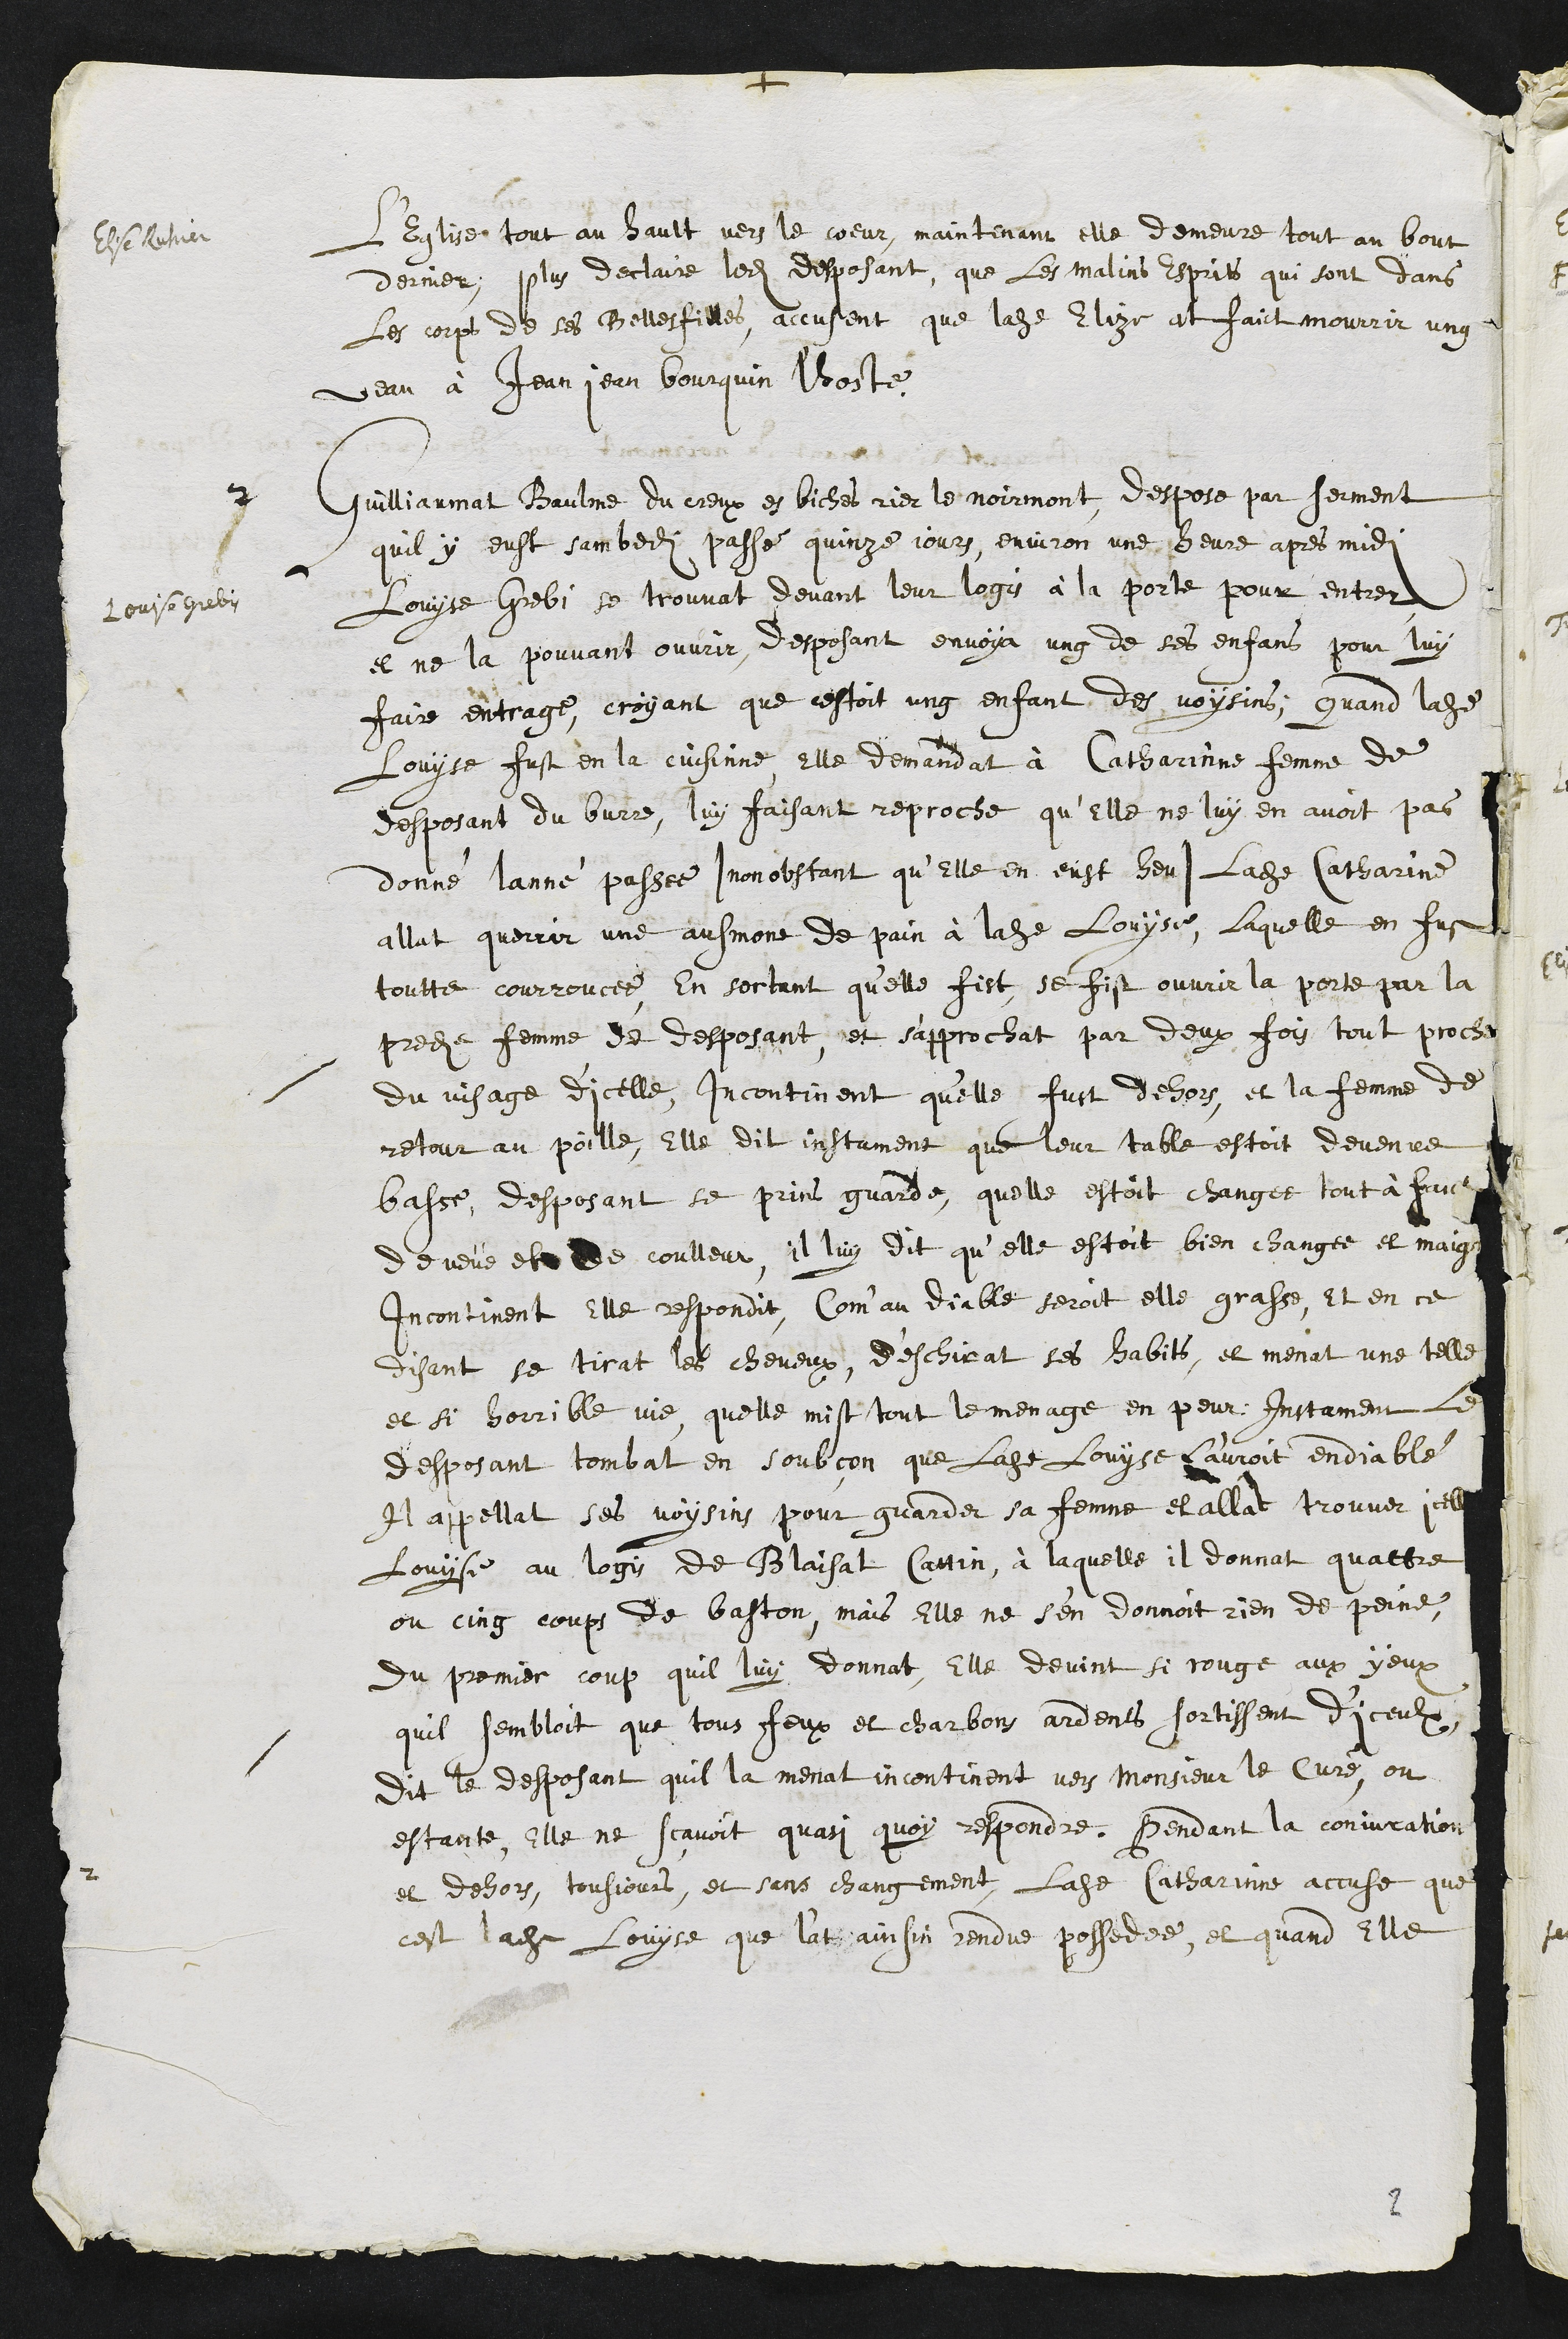
+
Elise Ruhier
l’Eglise tout au hault vers le coeur, maintenant elle demeure tout au bout
dernier, plus declaire ledit desposant que les malins Esprits qui sont dans
les corps de ses Belles filles accusent que ladite Elize at faict mourrir ung
veau à Jean jean Bourquin l'hoste.
Louise grebi
2
Guilliaumat Baulme du creux es biches rier le noirmont, despose par serment
quil y eust sambedi passe quinze jours, environ une heure apres midi
Louyse Grebi se trouvat devant leur logis à la porte pour entrer
et ne la pouvant ouvrir, desposant envoya ung de ses enfans pour luy
faire entrage, croyant que cestoit ung enfant des voysins, quand ladite
Louyse fust en la cuisinne elle demandat à Catherinne femme de
desposant du burre, luy faisant reproche qu’elle ne luy en avoit pas
donné lanné passee (nonobstant qu’Elle en eust heu) ladite Catherine
allat querrir une ausmone de pain à ladite Louyse, laquelle en fust
toutte courroucee, en sortant quelle fist, se fist ouvrir la porte par la
predite femme de desposant, et s'approchat par deux fois tout proche
du visage d'icelle, incontinent qu'elle fust dehors et la femme de
retour au poille, Elle dit instament que leur table estoit devenue
basse, desposant se prins guarde, quelle estoit changee tout à faict
de veüe et de coulleur, il luy dit qu’elle estoit bien changee et maigre
incontinent elle respondit Com'au diable seroit elle grasse, Et en ce
disant se tirat les cheveux, d'eschirat ses habits, et menat une telle
et si horrible vie, quelle mist tout le menage en peur: Instament le
desposant tombat en soubçon que ladite Louyse l'auroit endiablé
Il appellat ses voysins pour guarder sa femme et allat trouver icelle
Louyse au logis de Blaisat Cattin, à laquelle il donnat quattre
ou cinq coups de baston, mais elle ne s’en donnoit rien de peine,
du premier coup quil luy donnat, Elle devint si rouge aux yeux
quil sembloit que tous feux et charbons ardents sortissent diceulx
dit le desposant quil la menat incontinent vers Monsieur le Curé, ou
estante, elle ne scavoit quasi quoy respondre. Pendant la conjuration
et dehors, tousjours, et sans changement, ladite Catherinne accuse que
cest ladite Louyse que l'at ainsin rendue possedee, et quand Elle
2